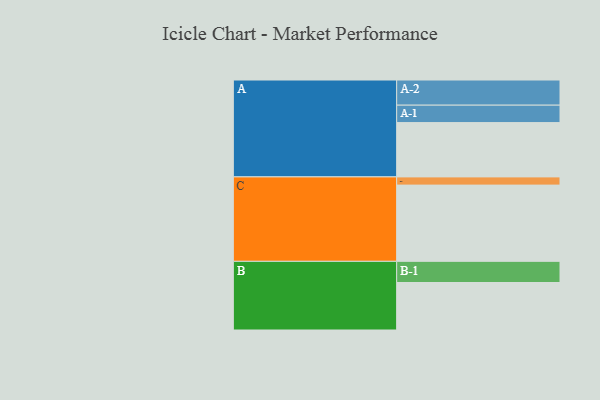
{"axis": {"x": "Segment", "y": "Value"}, "legend": ["", "A", "B", "C"], "data": [{"x": "A", "y": 423, "type": ""}, {"x": "B", "y": 370, "type": ""}, {"x": "C", "y": 594, "type": ""}, {"x": "A-1", "y": 136, "type": "A"}, {"x": "A-2", "y": 196, "type": "A"}, {"x": "B-1", "y": 165, "type": "B"}, {"x": "C-1", "y": 64, "type": "C"}]}